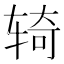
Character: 𫐎